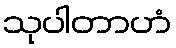
သုပါတာဟံ